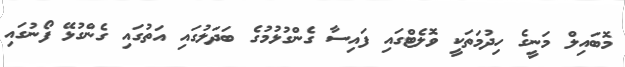
މޮބައިލް މަނީގެ ހިދުމަތަކީ ވޮލެޓްގައި ފައިސާ ގެންގުޅުމުގެ ބަދަލުގައި އަތުގައި ގެންގުޅޭ ފޯނުގައި